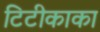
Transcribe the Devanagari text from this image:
टिटीकाका